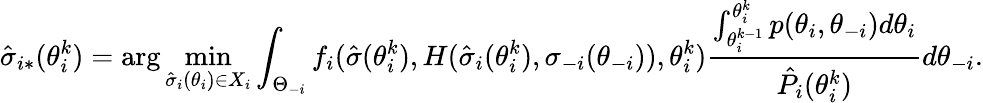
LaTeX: \hat{\sigma}_{i*}(\theta_{i}^{k})=\arg\operatorname*{min}_{\hat{\sigma}_{i}(\theta_{i})\in X_{i}}\int_{\Theta_{-i}}f_{i}(\hat{\sigma}(\theta_{i}^{k}),H(\hat{\sigma}_{i}(\theta_{i}^{k}),\sigma_{-i}(\theta_{-i})),\theta_{i}^{k})\frac{\int_{\theta_{i}^{k-1}}^{\theta_{i}^{k}}p(\theta_{i},\theta_{-i})d\theta_{i}}{\hat{P}_{i}(\theta_{i}^{k})}d\theta_{-i}.